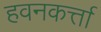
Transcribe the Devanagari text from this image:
हवनकर्त्ता